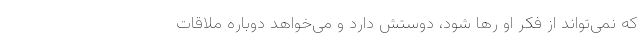
که نمی‌تواند از فکر او رها شود، دوستش دارد و می‌خواهد دوباره ملاقات